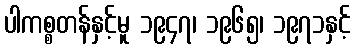
ပါကစ္စတန်နှင့်မူ ၁၉၄၇၊ ၁၉၆၅၊ ၁၉၇၁နှင့်